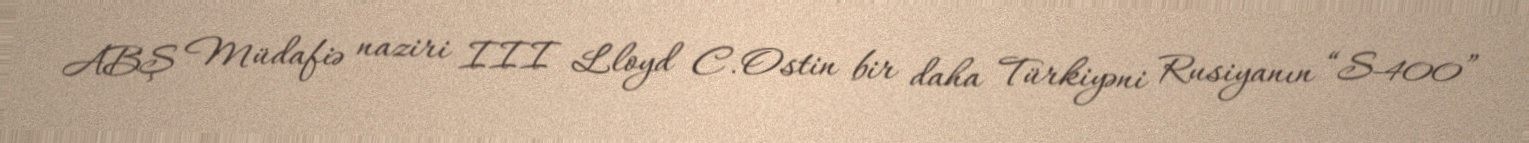
ABŞ Müdafiə naziri III Lloyd C.Ostin bir daha Türkiyəni Rusiyanın “S-400”